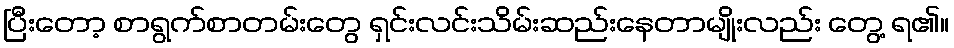
ပြီးတော့ စာရွက်စာတမ်းတွေ ရှင်းလင်းသိမ်းဆည်းနေတာမျိုးလည်း တွေ့ ရ၏။